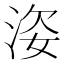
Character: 𱦢